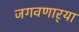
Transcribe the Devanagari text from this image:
जगवणार्‍या